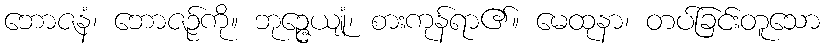
ဘောဇနံ၊ ဘောဇဉ်ကို။ ဘုဉ္ဇေယျုံ၊ စားကုန်ရာ၏။ မေထုနာ၊ တပ်ခြင်းတူသော